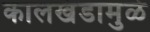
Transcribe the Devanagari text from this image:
कालखंडामुळे